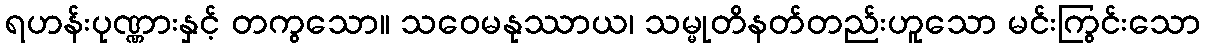
ရဟန်းပုဏ္ဏားနှင့် တကွသော။ သဝေမနုဿာယ၊ သမ္မုတိနတ်တည်းဟူသော မင်းကြွင်းသော